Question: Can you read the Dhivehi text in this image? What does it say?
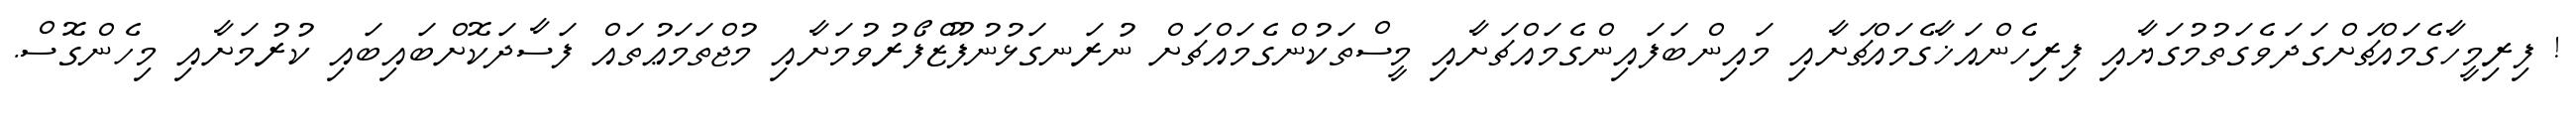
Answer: ! ފިރިމީހާގެމައްޗަށްގަދަވެގަތުމުގަޔާއި ފިރިހެންއަޚާގެމައްޗަށާއި މައިންބަފައިންގެމައްޗަށާއި މީސްތަކުންގެމައްޗަށް ނުރަނގަޅުނުފޫޒްފޯރުވުމަށާއި މުޖްތަމަޢުތައް ފަސާދަކޮށްބައިބައި ކުރުމަށާއި މިހެންގޮސް.